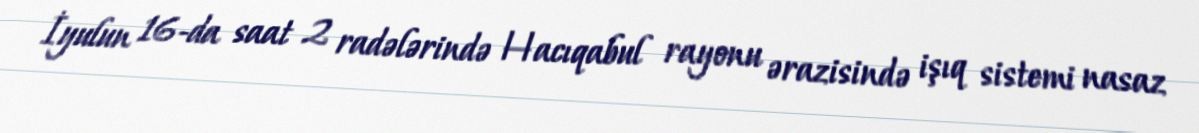
İyulun 16-da saat 2 radələrində Hacıqabul rayonu ərazisində işıq sistemi nasaz